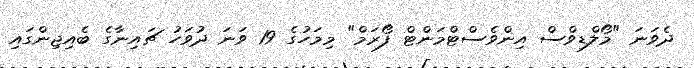
ދެވަނަ "މޯލްޑިވްސް އިންވެސްޓްމަންޓް ފޯރަމް" މިމަހުގެ 19 ވަނަ ދުވަހު ޗައިނާގެ ބެއިޖިންގައި